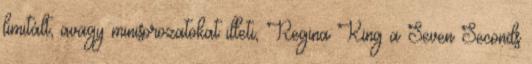
limitált, avagy minisorozatokat illeti, Regina King a Seven Seconds